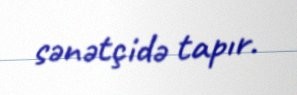
sənətçidə tapır.